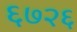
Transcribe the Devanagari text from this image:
६७२६